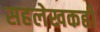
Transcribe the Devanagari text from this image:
सहलेखकही